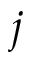
j